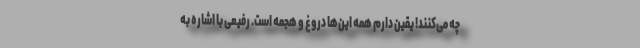
چه می‌کنند! یقین دارم همه این‌ها دروغ و هجمه است. رفیعی با اشاره به